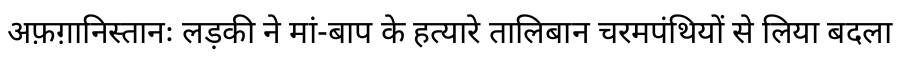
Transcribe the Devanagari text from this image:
अफ़ग़ानिस्तानः लड़की ने मां-बाप के हत्यारे तालिबान चरमपंथियों से लिया बदला